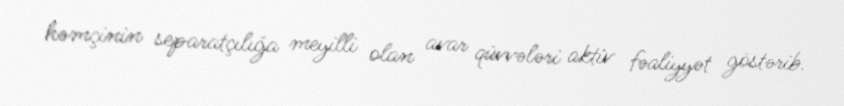
həmçinin separatçılığa meyilli olan avar qüvvələri aktiv fəaliyyət göstərib.